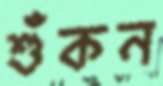
শুঁকন